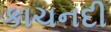
કાચનદી